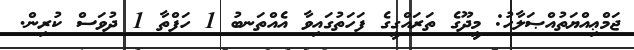
ޖަމްޢިއްޔަތުއްޞަލާހު: މީދޫގެ ތަރައްގީގެ ފަހަތުގައިވާ އެއްތަނބު 1 ހަފްތާ 1 ދުވަސް ކުރިން.